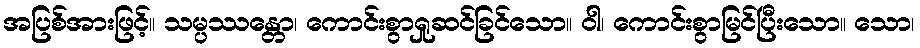
အပြစ်အားဖြင့်။ သမ္ပဿန္တော၊ ကောင်းစွာရှုဆင်ခြင်သော။ ဝါ၊ ကောင်းစွာမြင်ပြီးသော။ သော၊